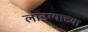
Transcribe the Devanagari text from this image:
लांडग्याच्या